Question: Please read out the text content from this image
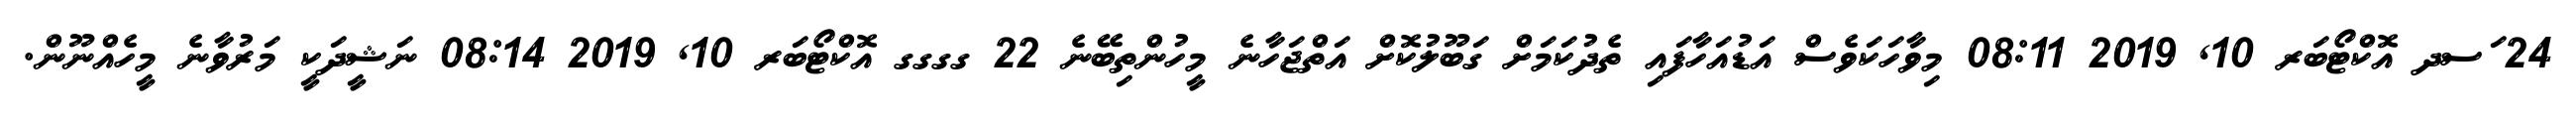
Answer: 24 ަސދ އޮކްޓޯބަރ 10, 2019 08:11 މިވާހަކަވެސް އަޑުއަހާފައި ތެދުކަމަށް ގަބޫލުކޮށް އަތްޖަހާނެ މީހުންތިބޭނެ 22 ގގގގ އޮކްޓޯބަރ 10, 2019 08:14 ނަޝީދަކީ މަރުވާނެ މީހެއްނޫން.